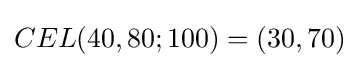
CEL(40,80;100)=(30,70)